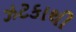
ઝટકાથી